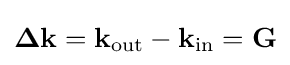
\mathbf {\Delta k} =\mathbf {k} _{\mathrm {out} }-\mathbf {k} _{\mathrm {in} }=\mathbf {G}